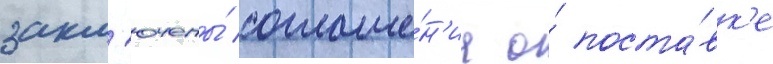
закл'ючены́ соглаше́н'иа о́ поста́вк'е